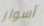
أسوار